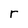
Character: r